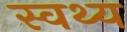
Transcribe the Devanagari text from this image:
स्वथ्य